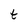
Character: t